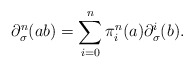
\begin{align*} \partial_\sigma ^n(ab)=\sum_{i=0}^n\pi^n_i(a)\partial_\sigma ^i(b) .\end{align*}